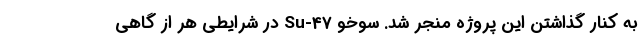
به کنار گذاشتن این پروژه منجر شد. سوخو Su-47 در شرایطی هر از گاهی